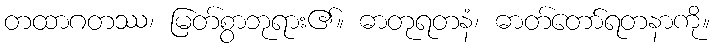
တထာဂတဿ၊ မြတ်စွာဘုရား၏။ ဓာတုရတနံ၊ ဓာတ်တော်ရတနာကို။